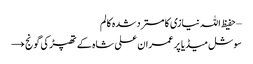
– حفیظ اللہ نیازی کا مسترد شدہ کالم
سوشل میڈیا پر عمران علی شاہ کے تھپڑ کی گونج →